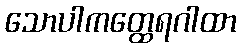
သောပါကတ္ထေရဂါထာ